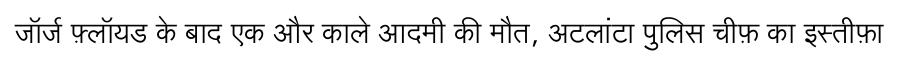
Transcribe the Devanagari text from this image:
जॉर्ज फ़्लॉयड के बाद एक और काले आदमी की मौत, अटलांटा पुलिस चीफ़ का इस्तीफ़ा